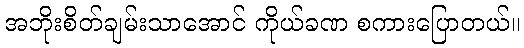
အဘိုးစိတ်ချမ်းသာအောင် ကိုယ်ခဏ စကားပြောတယ်။